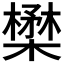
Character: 𪴈